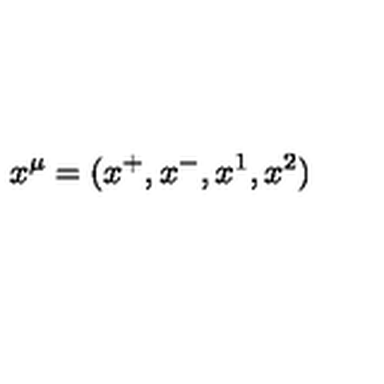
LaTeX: x ^ { \mu } = ( x ^ { + } , x ^ { - } , x ^ { 1 } , x ^ { 2 } )